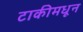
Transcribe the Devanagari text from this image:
टाकीमधून